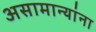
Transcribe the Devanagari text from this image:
असामान्यांना